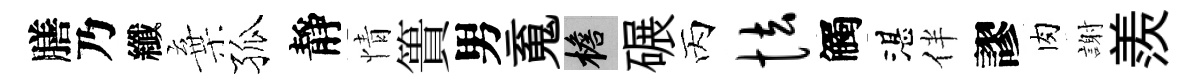
膳乃纖棄孤靜情簣男䰟檐碾丙怯觸湛伴謬肉謝羨